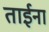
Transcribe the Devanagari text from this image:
ताईना